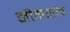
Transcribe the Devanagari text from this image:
नीमगांव